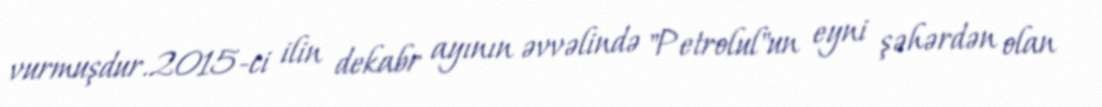
vurmuşdur.2015-ci ilin dekabr ayının əvvəlində "Petrolul"un eyni şəhərdən olan